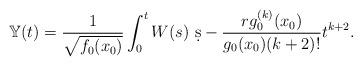
LaTeX: \begin{align*}\mathbb{Y}(t)=\frac{1}{\sqrt{f_0(x_0)}}\int_0^t W(s)\ \d{s}-\frac{rg_0^{(k)}(x_0)}{g_0(x_0)(k+2)!}t^{k+2}.\end{align*}